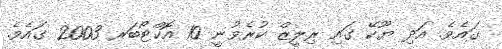
ގައެވެ. އަދި ޔޫކޭ ގައި ރިލީޒް ކުރެވުނީ 10 އޮކްޓޯބަރ 2003 ގައެވެ.